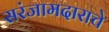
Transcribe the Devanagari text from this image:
सरंजामदाराचे